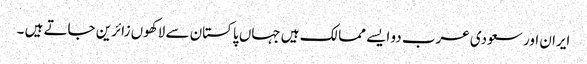
ایران اور سعودی عرب دو ایسے ممالک ہیں جہاں پاکستان سے لاکھوں زائرین جاتے ہیں ۔